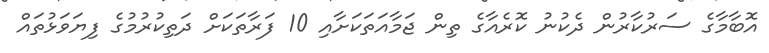
އޮބާމާގެ ސަރުކާރުން ދެކުނު ކޮރެއާގެ ތިން ޖަމާއަތަކަށާއި 10 ފަރާތަކަށް ދަތިކުރުމުގެ ފިޔަވަޅުތައް